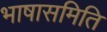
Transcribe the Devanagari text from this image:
भाषासमिति